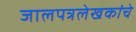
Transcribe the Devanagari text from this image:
जालपत्रलेखकांचे